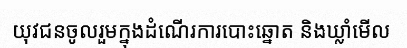
យុវជនចូលរួមក្នុងដំណើរការបោះឆ្នោត និងឃ្លាំមើល